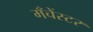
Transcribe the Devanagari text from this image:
मँचेंस्टर